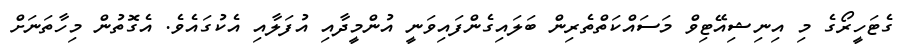
ގެޓަހީރޯގެ މި އިނިޝިއޭޓިވް މަސައްކަތްތެރިން ބަލައިގެންފައިވަނީ އުންމީދާއި އުފަލާއި އެކުގައެވެ. އެގޮތުން މިހާތަނަށް